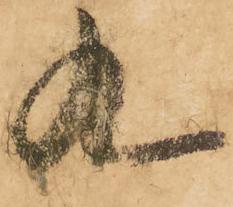
九